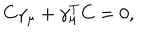
C \gamma _ { \mu } + \gamma _ { \mu } ^ { T } C = 0 ,